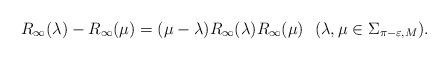
LaTeX: \begin{align*}R_\infty(\lambda)-R_\infty(\mu)=(\mu-\lambda)R_\infty(\lambda)R_\infty(\mu)~~(\lambda,\mu\in \Sigma_{\pi-\varepsilon,M}). \end{align*}